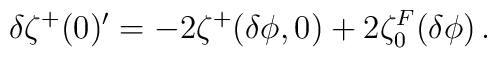
\delta\zeta^+(0)'=-2\zeta^+ (\delta \phi ,0)+2 \zeta^F_0 (\delta\phi ) \,.